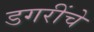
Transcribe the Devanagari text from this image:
डगरींचे